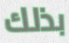
بذلك